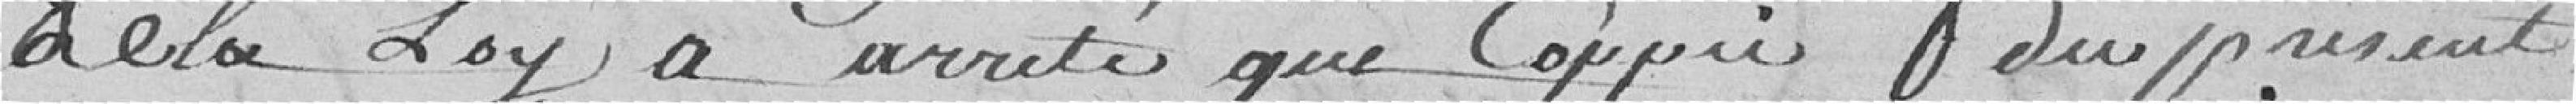
de la Loy a arreté que Coppie du present